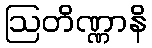
ဩတိဏ္ဏာနိ